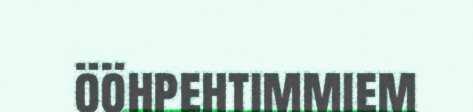
ööhpehtimmiem